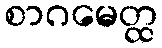
စာဂမေတ္ထ